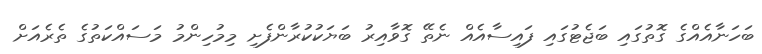
ބަހަނާއެއްގެ ގޮތުގައި ބަޖެޓުގައި ފައިސާއެއް ނެތޭ ގޮވާއިރު ބަޔަކުކުރާންފެށި މިމުހިންމު މަސައްކަތުގެ ތެރެއަށް